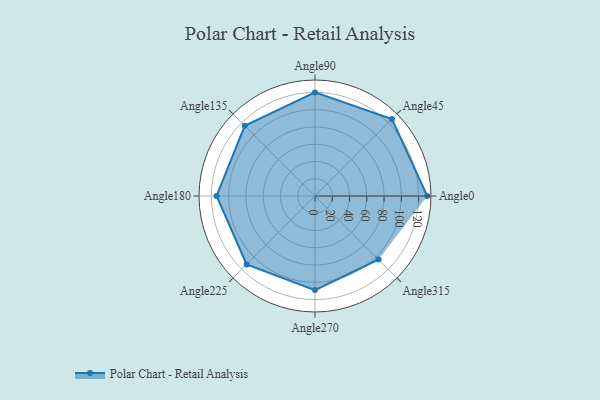
{"axis": {"x": "Angle", "y": "Radius"}, "legend": [""], "data": [{"x": "Angle0", "y": 130.0, "type": ""}, {"x": "Angle45", "y": 126.0, "type": ""}, {"x": "Angle90", "y": 120.0, "type": ""}, {"x": "Angle135", "y": 115.0, "type": ""}, {"x": "Angle180", "y": 114.0, "type": ""}, {"x": "Angle225", "y": 112.0, "type": ""}, {"x": "Angle270", "y": 109.0, "type": ""}, {"x": "Angle315", "y": 104.0, "type": ""}]}